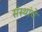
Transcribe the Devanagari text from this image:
संंस्थांचे